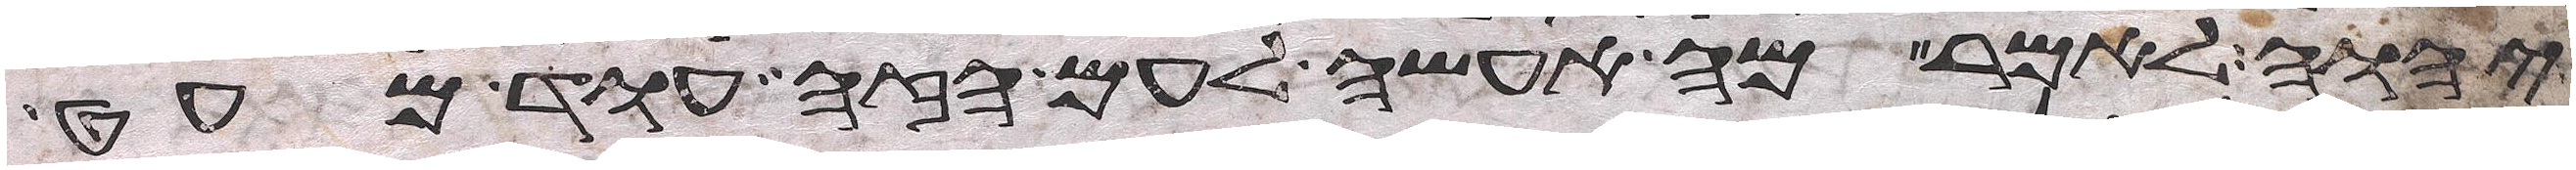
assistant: יהוה לאמר מה אעשה לעם הזה עוד מעט